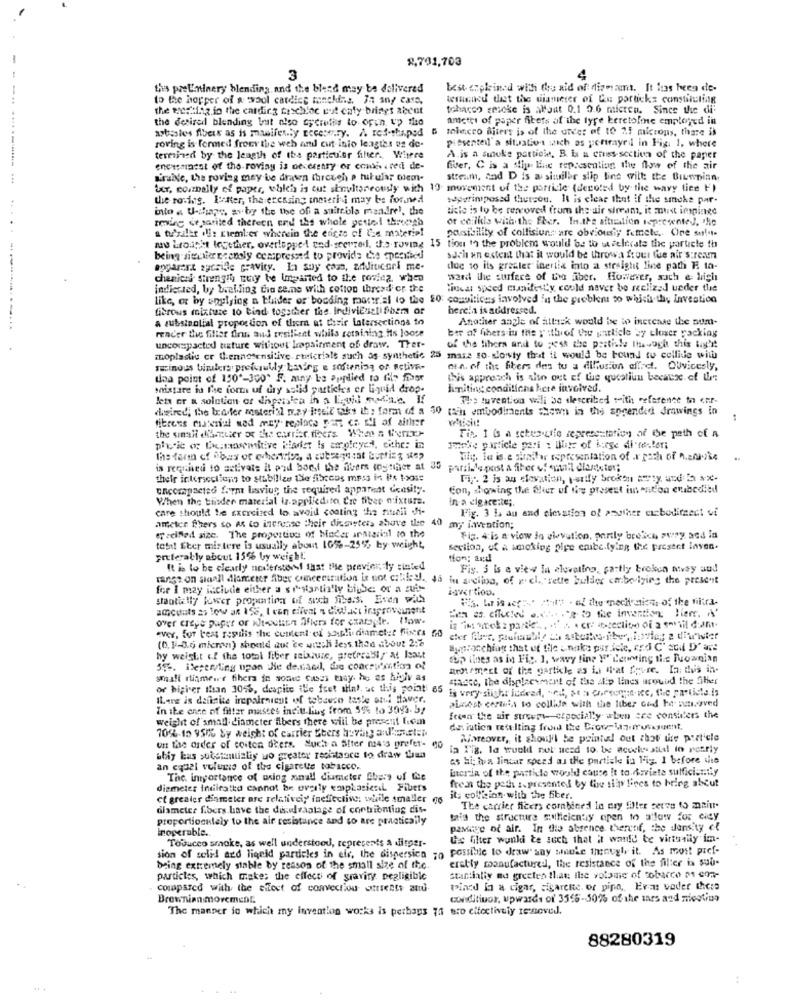
-
8,791,703
3
4
the preteninery blending and the blend may be delivered
test ciplined wifi the aid of diamant. It has been de-
to the hopper of a wool cardice teaching. In any case.
tetanned that the diameter of Cu partickz consticting
the tortilla in the cardirg faschloc cut caly brings accut
tobacco geseke is allgat 0.1 0.6 micren. Since the die
the desired blending but also ayerutis to open Up the
ametri of paper filets of the type keretoline employed in
asbesles floeux as is manifesty recese,ry. /. red-shaped 6 miacro Biters is of the order of to 2.5 microns, there is
roving is formed from the weh and cut inio lengths os de-
pissentell a situation sich os yentrayril in Fig. 1, where
termined by the length of the particulor fiher. Where
A.is a suluke particle. B lx a eres-section of the paper
encasamest of the-roving is of esstry or contes . red de-
fiber, C is a stip Hie representing the flow of the air
Grande, the roving may be draten threweh p tuikular olem-
stream, and D is a similar slip line wilt the Biuroinn
Ler, connelly of paper, which is out simultaneously with 10 movement of the particle (decoted by the wavy tice F)
the rowing. Petter, the eressing insteri i may be forswd
seperimposed thurson. It is clear that if the smoke par-
into « U-shape, avby the the of a suitcols mandrel, the
title is to be rencoved from the air stream, it must impinge
....
aming de sarited thereen end the whole pettel threegb
or coillls with the Fler. In.the sitestion represented, 'he
a tubler off: ciemler wherein the edge of the material
posibility of collisiuns are obviously femetc. One su!".
and brought together, overlappe- end-scerzad, the roving 15 tion 14 the problems would be to welerste the particle th
being sienie :cooly compressed to provide die specified
such an extent that it would be throwa frout fue air's:ream
apparent sacrifie gravity. la soy coon, additicari me-
due to its greater inertia into a straight line path E. ta-
chanical strength muy be Imparted to the rowicz, when
ward the surface of the fiber. However, sach e high
indicated, by belling tia seine with cotton threed'or the
Hiceat speed cumnifert'y, could never be aclized under the
like, or by inglying n bhider of bocding material to the 20: compiticus involved in the preblent to which thy investico
Librous mixture to bind together the Indivichieti ober of
here!a is addressed.
a subsisolial proportion of them at their Intersections to
Another angle of attack would be to increase the num-
render the filler finn aud resilient while retaining is loose
ber of fibers in the y'sthiof the particle by theer packlag
uncompacted tixture without Impairment of draw. Ther-
of the lihera and to post the pastisle Ihavoch this light
moplastic er Whennosensitive. rueicrials such as- synthetic 25 mase so-shorty that ii would be Found to collide with
sinous birulers. preferably having e softening of active-
min. of the fibers des tu a diffusion effect. Ouvicesly,
doa point of 150"-300" F. miny be applied to tip fiber
this approach is sito out of the quealiun because of LL
onistare in The form uf dry sslid particles er liquid drop-
limiting conditions here involved.
lets or a solution of dhpersica in a Liquid seine. If
The tuvention will be described with reference to chr-
whosired, the beaster mosterial way Ittell the ih: form of a 30 pain embodiments shown in the spaended drawings in
titrees material ned may. replace parz ca Eli of aither
plic of Ex.mosemitive bladet is zorgleyes, either in
the form of ibas of cvhention, a cubrensat Butting ssp
Tileg, la is.e sindar representation of x path of A.anke
is required to activate it pad borst the fibers together at 35
parsisle post a fiber of euunil diameter;
their intersections to stabilize the fibecos mess in its tools
Fig. 2 is an slovation, purity broken avty and ha sx-
uncompacted farm lasviug; the required apparent Gensity.
Con, showing the Sheer of Nos present in ent'on enbodied
When the thisder material iz apriledito Cre fiber mixture.
In a cigarette ;.
care should be exercised to avoid coating the nudli di-
Fig. 3 L au and elevation of another cubodirect vi
ameter fihers so As to increase their dicemeters above the 40 m; invention;
efreifed size. The proportion of hacer anMariel to the
Fig. 4:is a view in elevation, partly breich sury and in
total Iter mistere is usually about 10%-25% by weight,
sexiloa, of a smoking pipe enibe.tying the present laven.
preferably about 15% by weight,
tion; and
It is to be clearly nosferstof that Me previer, ly sinled
Fig. 5 is a view in alovatino, partly broken atvay and
ranst on siaall diameter fiber concentration is not chiky.
in arciina, of r cl. rette builder cabo lying the present
for I may include either a sistartin'ly binde: or a suis-
igwertioo.
stantially lower properties of such file.s. Even with
amounts as low as 158. I van effect a diedice iregroupement
over crepe paper or wt-outite Afiers for czarogle. Pow.
. o the invention lien. A
ever, for test repilis the content of shiplidiametet fixes 50
is "in wok: partie", " ser unsection of a somvil dan
(0.1-0.6 micman) should iut ce with less than about 2:2
Shoprocchiag that of file unaka pur iele, ard C' ecdl D' are
by weight of the total fiber seisiwie, pretreats, at Isast
top itnes as in Fig. 1, wavy line Y' Letting the Tuoagian
59 -. ileperydling upon He destaed, we coarsusitio of
nenement of the garticle as in that favre. Ia: dus in-
small ruinmeir fihera in some cases thay. he as higiv as
stasce, the displacement of the alip lines around the Siher
or higher than 3046, deaplic ille fret slint. uc this point 65 ;
is very slight indeed, weil, se a Chorecodice, the partiste is
ILang is definite irepairnieut of tobauso taste ond faver.
ainest certia to collife with the liber God he moved
In the ence of filter mastes incitt ling from 55% to 3093.52
weight of small diameter fibers there will be present I.cm
femme the wir stwem- etpocially when cce considers the
de iutien tett Iting front the Brown\zuruskuent,
70%-15 950% Sy weight of carrier Ebers hevagy anlosten
Moreover, it should be pointed out that the particle
un the order of coiten deers. Such a alter mais prefer- go
ia l'ig. la truck not need to. be acochestil in pearly
aby leas substantialiy wo greater resistance to draw tran
es Hi; hva lincar speed as the partick in Fig. 1 before vite
an equal volume of the cigarette tobacco.
interia of the particle would cause It to.deviate sufficiently
The importance of using anall diameter Chers of the
diemeter Intilratko cannot be overly vaiplasical Fibers
frein the path :. presented by the siapy lines to bring abcut
ct greater dinmeter are relatively ineffective; while smaller (16
it; collision with the fiber.
diameter fibers have the disulvaatage of contributing dis-
The carrier ficers combined la cry Eller cerve 15 maiu.
proportionlely to the air resistance and so are practically
this the structure sufficiently open to allow for ciey
Inoperable.
paviige of air. In the absence thereof, the density of
Tobuceo smoke, as well understood, represents a ditper-
Ge filter wunki te such that it wanie be virtually im-
sion of selid ard ligeld pardeles in elr, the dispersien ;o possible to draw any smule theougir it. As most pref-
erally manufactured, the resistance of the filter is sub-
bring extremely stable by reason of the small size of the.
particles, which makes the effect of gravity negligible
Stantialiy ma greeten that the votomic of tobacco p1 con-
compared with the effect of convection utrients zu.
tained in a cigar, cigarene, or pipe, Erms voder these
Brewnian movement.
conditiuor, upwards of 3555-30% of the mars and niestino
The manner in which my invention works is perhaps 75 ero effectively renoved.
88280319
..
...